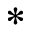
\ast